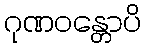
ဂုဏဝန္တောပိ